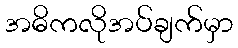
အဓိကလိုအပ်ချက်မှာ